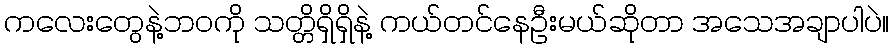
ကလေးတွေနဲ့ဘဝကို သတ္တိရှိရှိနဲ့ ကယ်တင်နေဦးမယ်ဆိုတာ အသေအချာပါပဲ။